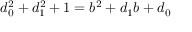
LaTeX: d _ { 0 } ^ { 2 } + d _ { 1 } ^ { 2 } + 1 = b ^ { 2 } + d _ { 1 } b + d _ { 0 }